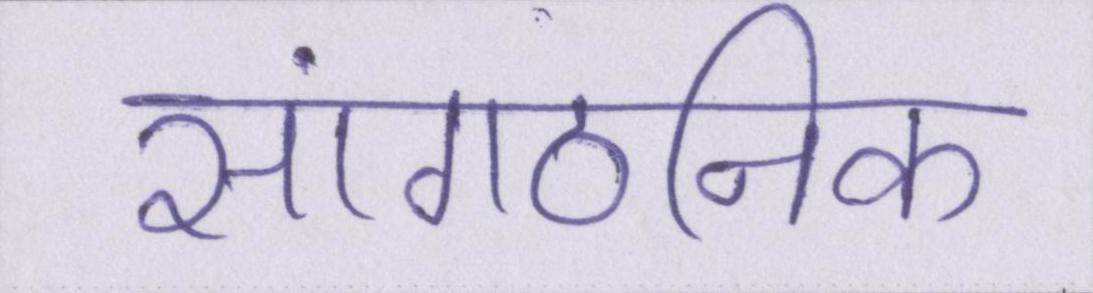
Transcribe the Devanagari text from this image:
सांगठनिक